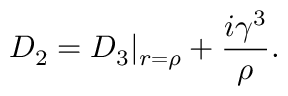
{ \cal D } _ { 2 } = { \cal D } _ { 3 } | _ { r = { \rho } } + \frac { i { \gamma } ^ { 3 } } { \rho } .